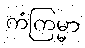
ကံကြမ္မာ